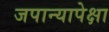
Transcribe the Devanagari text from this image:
जपान्यापेक्षा